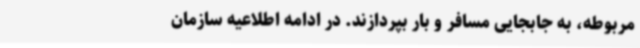
مربوطه، به جابجایی مسافر و بار بپردازند. در ادامه اطلاعیه سازمان